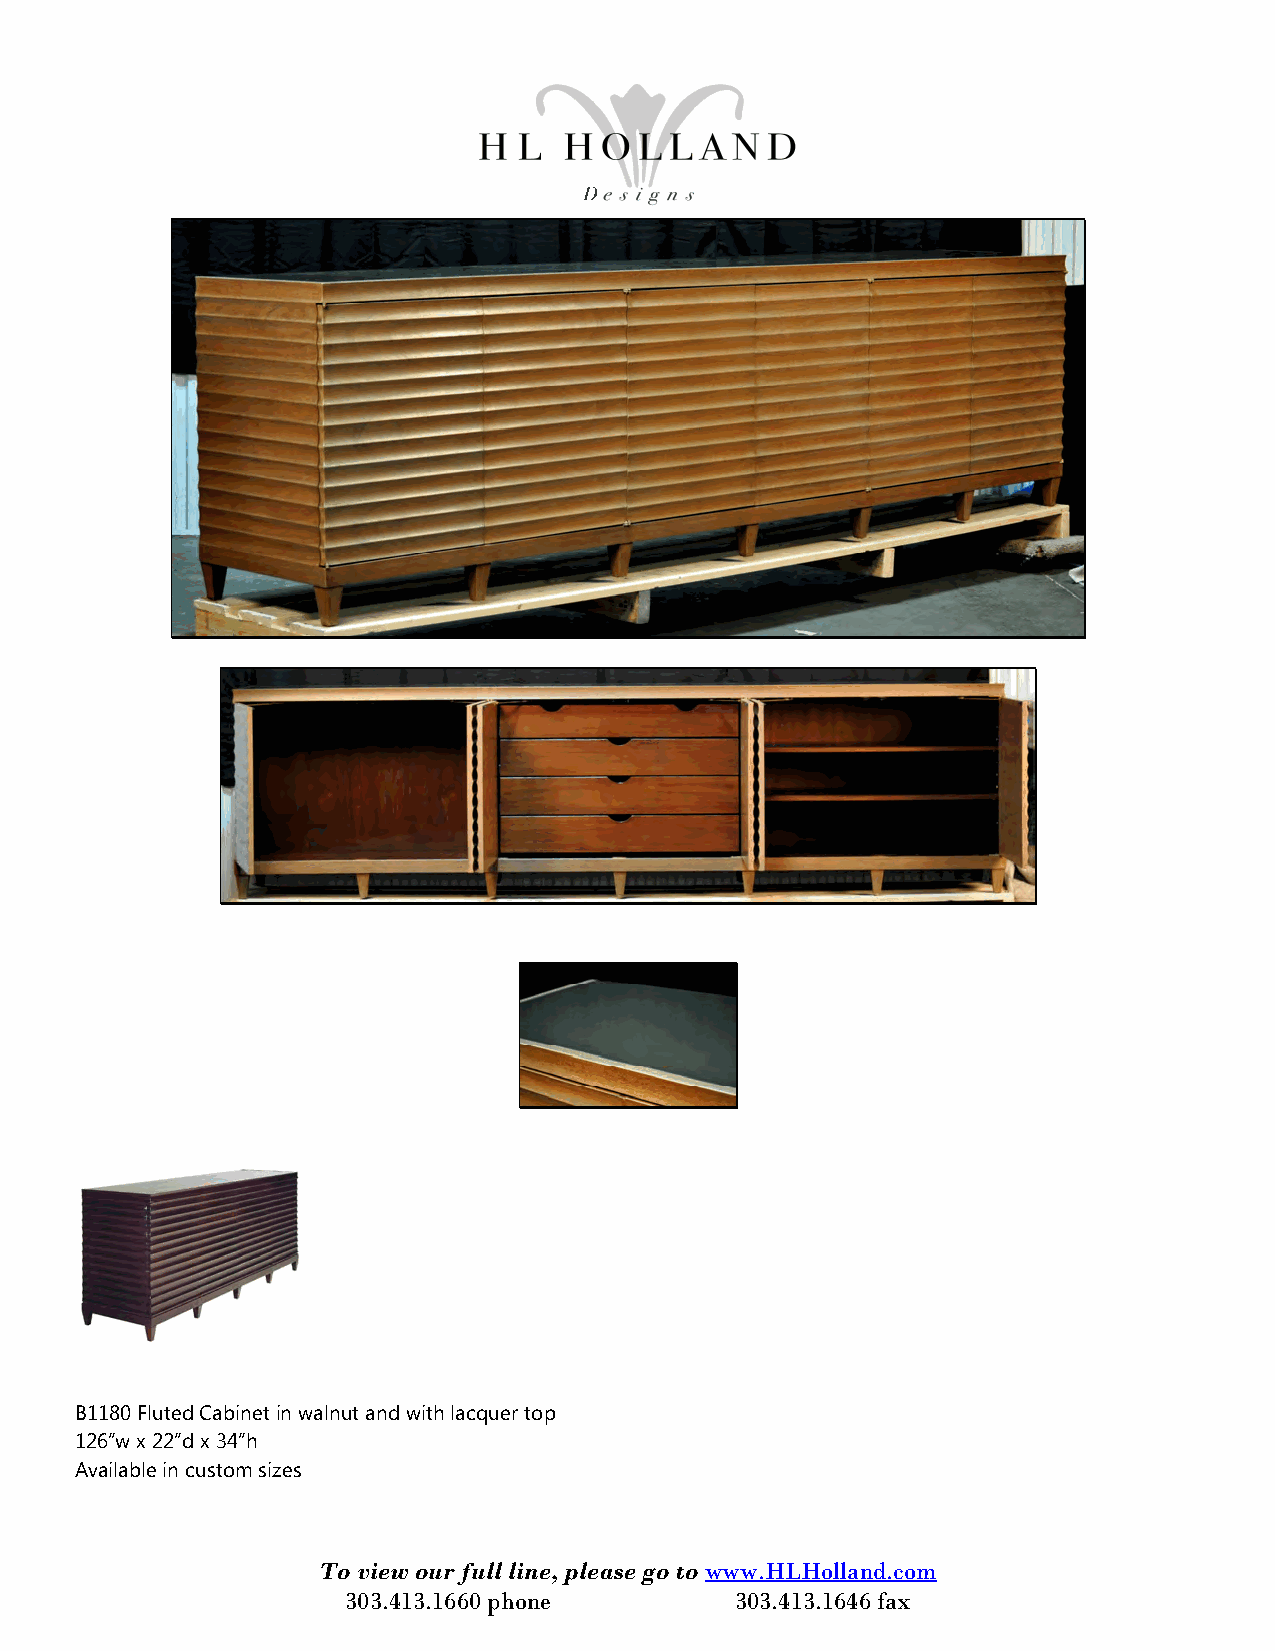
B1180 Fluted Cabinet in walnut and with lacquer top
 126”w x 22”d x 34”h
 Available in custom sizes
 To view our full line, please go to www.HLHolland.com
 303.413.1660 phone        303.413.1646 fax